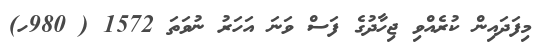
މިފަދައިން ކުރެއްވި ޖިހާދުގެ ފަސް ވަނަ އަހަރު ނުވަތަ 1572 ( 980ހ)